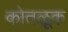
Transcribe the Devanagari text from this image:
कोतळूक